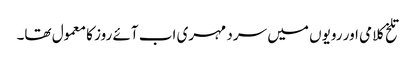
تلخ کلامی اور رویوں میں سرد مہری اب آئے روز کا معمول تھا۔